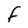
Character: F